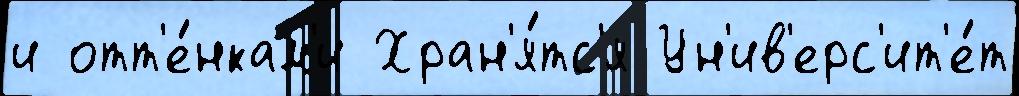
и отт'е́нкам'и Хран'я́тс'я Ун'ив'ерс'ит'е́т